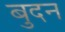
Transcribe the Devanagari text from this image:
बुदन